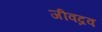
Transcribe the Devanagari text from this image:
जीवद्रव